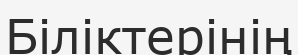
Біліктерінің